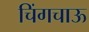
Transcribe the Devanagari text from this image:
चिंगचाऊ